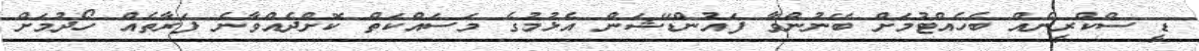
ޑީ ސްކްރީނެއް ބެހެއްޓުމަށް ބޭނުންވާ ފައުންޑޭޝަން އެޅުމުގެ މަސައްކަތް ކޮށްދެއްވާނެ ފަރާތެއް ހޯދުމަށް